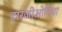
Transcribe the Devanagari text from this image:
टारजीओनिया